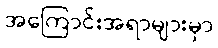
အကြောင်းအရာများမှာ